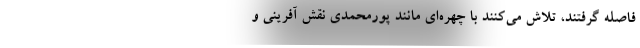
فاصله گرفتند، تلاش می‌کنند با چهره‌ای مانند پورمحمدی نقش آفرینی و